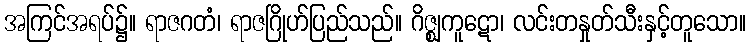
အကြင်အရပ်၌။ ရာဇဂတံ၊ ရာဇဂြိုဟ်ပြည်သည်။ ဂိဇ္ဈကူဋော၊ လင်းတနှုတ်သီးနှင့်တူသော။